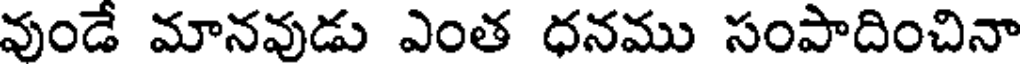
వుండే మానవుడు ఎంత ధనము సంపాదించినా